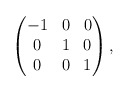
\begin{align*}\begin{pmatrix}-1 & 0 & 0\\0 & 1 & 0\\0 & 0 & 1\end{pmatrix},\end{align*}